Account of plague administration in the Bombay Presidency from September 1896 till May 1897
Year: 1896
Disease focus: Plague
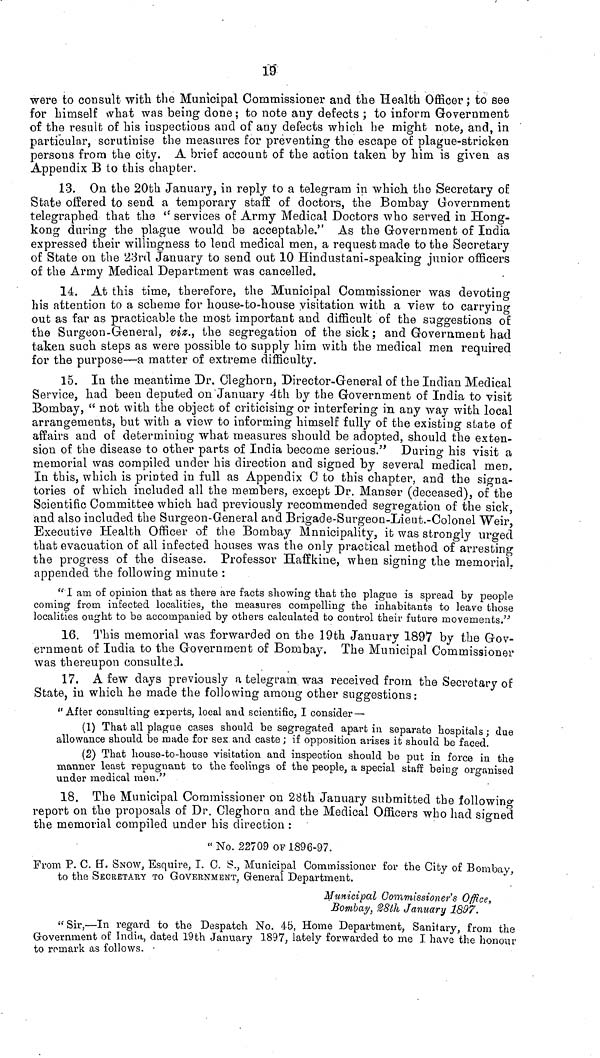
19
were to consult with the Municipal Commissioner and the Health Officer ; to see
for himself what was being done ; to note any defects ; to inform Government
of the result of his inspections and of any defects which be might note, and, in
particular, scrutinise the measures for preventing the escape of plague-stricken
persons from the city. A brief account of the action taken by him is given as
Appendix Β to this chapter.
13. On tbe 20th January, in reply to a telegram in which the Secretary of
State offered to send a temporary staff of doctors, the Bombay Government
telegraphed that the <c services of Army Medical Doctors who served in Hong-
kong during the plague would be acceptable." As the Government of India
expressed their willingness to lend medical men, a request made to the Secretary
of State on the 23rd January to send out 10 Hindustani-speaking jiinior officers
of the Army Medical Department was cancelled.
14. At this time, therefore, the Municipal Commissioner was devoting
his attention to a scheme for house-to-house visitation with a view to carrying
out as far as practicable the most important and difficult of the suggestions of
the Surgeon-General, viz., the segregation of the sick; and Government had
taken such steps as were possible to supply him with the medical men required
for the purpose—a matter of extreme difficulty.
15. In the meantime Dr. Cleghorn, Director-General of the Indian Medical
Service, had been deputed on'January 4th by the Government of India to visit
Bombay, " not with the object of criticising or interfering in any way with local
arrangements, but with a view to informing himself fully of the existing state of
affairs and of determining what measures should be adopted, should the exten-
sion of the disease to other parts of India become serious." During his visit a
memorial was compiled under his direction and signed by several medical men.
In this, which is printed in full as Appendix C to this chapter, and the signa-
tories of which included all the members, except Dr. Manser (deceased), of the
Scientific Committee which had previously recommended segregation of the sick,
and also included the Surgeon-General and Brigade-Surgeon-Lieut.-Colonel Weir,
Executive Health Officer of the Bombay Mnnicipality, it was strongly urged
that evacuation of all infected houses was the only practical method of arresting
the progress of the disease. Professor Haffkine, when signing the memorial,
appended the following minute :
" I am of opinion that as there are facts showing that the plague is spread by people
coming from infected localities, the measures compelling the inhabitants to leave those
localities ought to be accompanied by others calculated to control their future movements/·'
16. This memorial was forwarded on the 19th January 1897 by the Gov-
ernment of India to the Government of Bombay. The Municipal Commissioner
was thereupon consulted.
17. A few days previously a telegram was received from the Secretary of
State, in which he made the following among other suggestions:
" After consulting experts, local and scientific, I consider —
(1) That all plague cases should be segregated apart in separate hospitals ; due
allowance should be made for sex and caste ; if opposition arises it should be faced.
(2) That house-to-house visitation and inspection should be put in force in the
manner least repugnant to the feelings of the people, a special staff being organised
under medical men."
18. The Municipal Commissioner on 28th January submitted the followino-
report on the proposals of Dr. Cleghorn and the Medical Officers who had signed
the memorial compiled under his direction :
"No. 22709 OF 1896-97.
From P. C. ET. SNOW, Esquire, I. 0. S., Municipal Commissioner for the City of Bombay,
to the SECRETARY TO GOVERNMENT, General Department.
Municipal Commissioner's Office,
Bombay, %8th January 1897.
"Sir,—In regard to the Despatch No. 45, Home Department, Sanitary, from the
Government of India, dated 19th January 1897, lately forwarded to me I have the honoiir
to remark as follows.